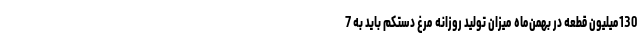
130میلیون قطعه در بهمن‌ماه میزان تولید روزانه مرغ دستکم باید به 7